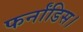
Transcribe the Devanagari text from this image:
फर्नांडिस।